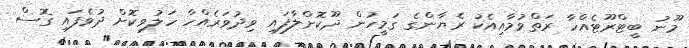
މޫނު ބީޓްރޫޓެއްހާ ރަތްވުމާއިއެކު ރެޔާންގެ ގަމީހުން ދޫކޮށްލާފައި ވިދުވަރެއްހާ ހަލުވިކޮށް ދުވެފައި ގޮސް